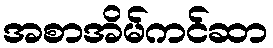
အစာအိမ်ကင်ဆာ